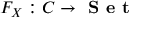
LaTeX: F _ { X } : C \to { \textbf { S e t } }